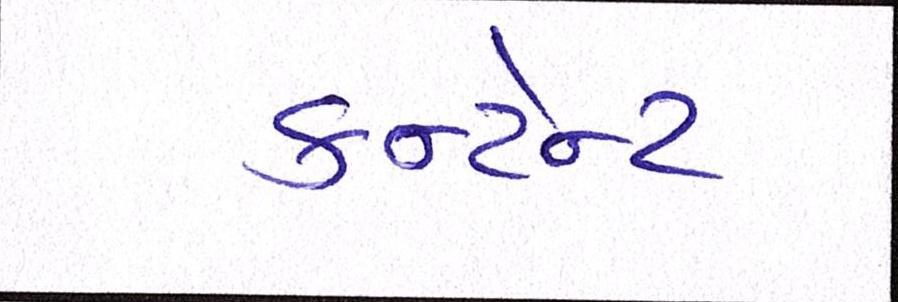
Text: કન્ટેન્ટ